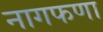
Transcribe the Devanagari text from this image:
नागफणा